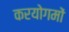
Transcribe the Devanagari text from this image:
करयोगमों